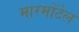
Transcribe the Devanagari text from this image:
मारमोंटेल